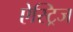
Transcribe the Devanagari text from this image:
ऐस्ट्रिज